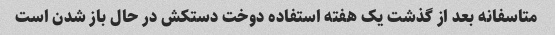
متاسفانه بعد از گذشت یک هفته استفاده‌ دوخت دستکش در حال باز شدن است